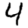
Digit: 4